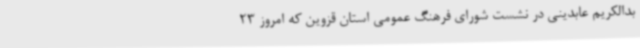
بدالکریم عابدینی در نشست شورای فرهنگ عمومی استان قزوین که امروز 23